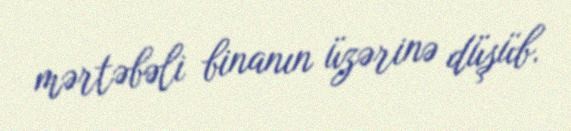
mərtəbəli binanın üzərinə düşüb.